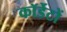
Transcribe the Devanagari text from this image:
कॉर्डेटों